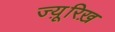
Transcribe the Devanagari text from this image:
ज्यू़रिख़